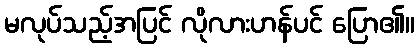
မလုပ်သည့်အပြင် လိုလားဟန်ပင် ပြော၏။